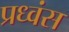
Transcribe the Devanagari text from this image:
प्रध्वंस